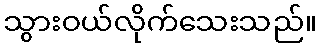
သွားဝယ်လိုက်သေးသည်။